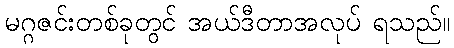
မဂ္ဂဇင်းတစ်ခုတွင် အယ်ဒီတာအလုပ် ရသည်။